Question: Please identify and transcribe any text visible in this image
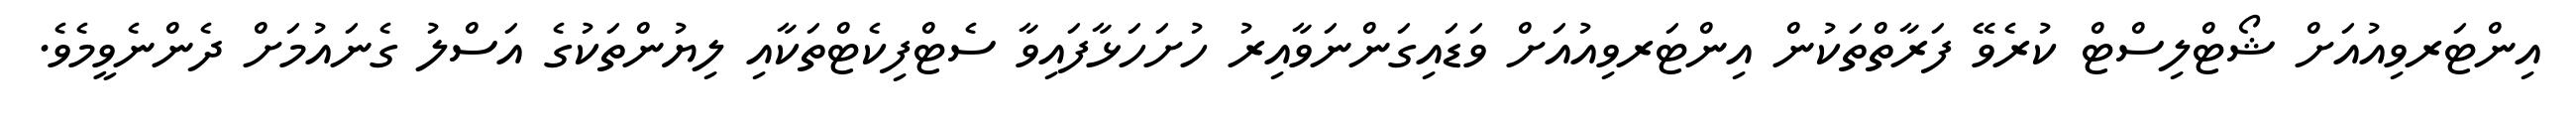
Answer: އިންޓަރވިއުއަށް ޝޯޓްލިސްޓް ކުރެވޭ ފަރާތްތަކުން އިންޓަރވިއުއަށް ވަޑައިގަންނަވާއިރު ހުށަހަޅާފައިވާ ސެޓްފިކެޓްތަކާއި ލިޔުންތަކުގެ އަސްލު ގެނައުމަށް ދެންނެވީމެވެ.